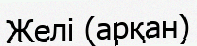
Желі (арқан)